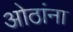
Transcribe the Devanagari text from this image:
ओठांना